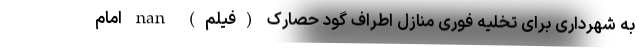
به شهرداری برای تخلیه فوری منازل اطراف گود حصارک (فیلم) nan امام‌